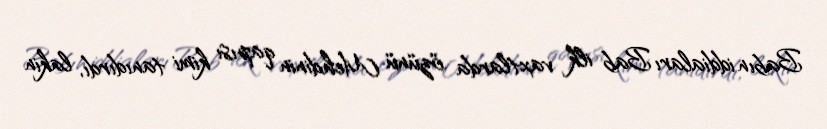
Babın iddiaları Bab ilk vaxtlarda özünü Mehdinin qapısı kimi tanıdırdı, lakin